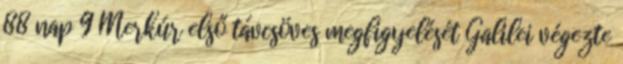
88 nap 9 Merkúr első távcsöves megfigyelését Galilei végezte